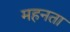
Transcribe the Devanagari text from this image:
महनता